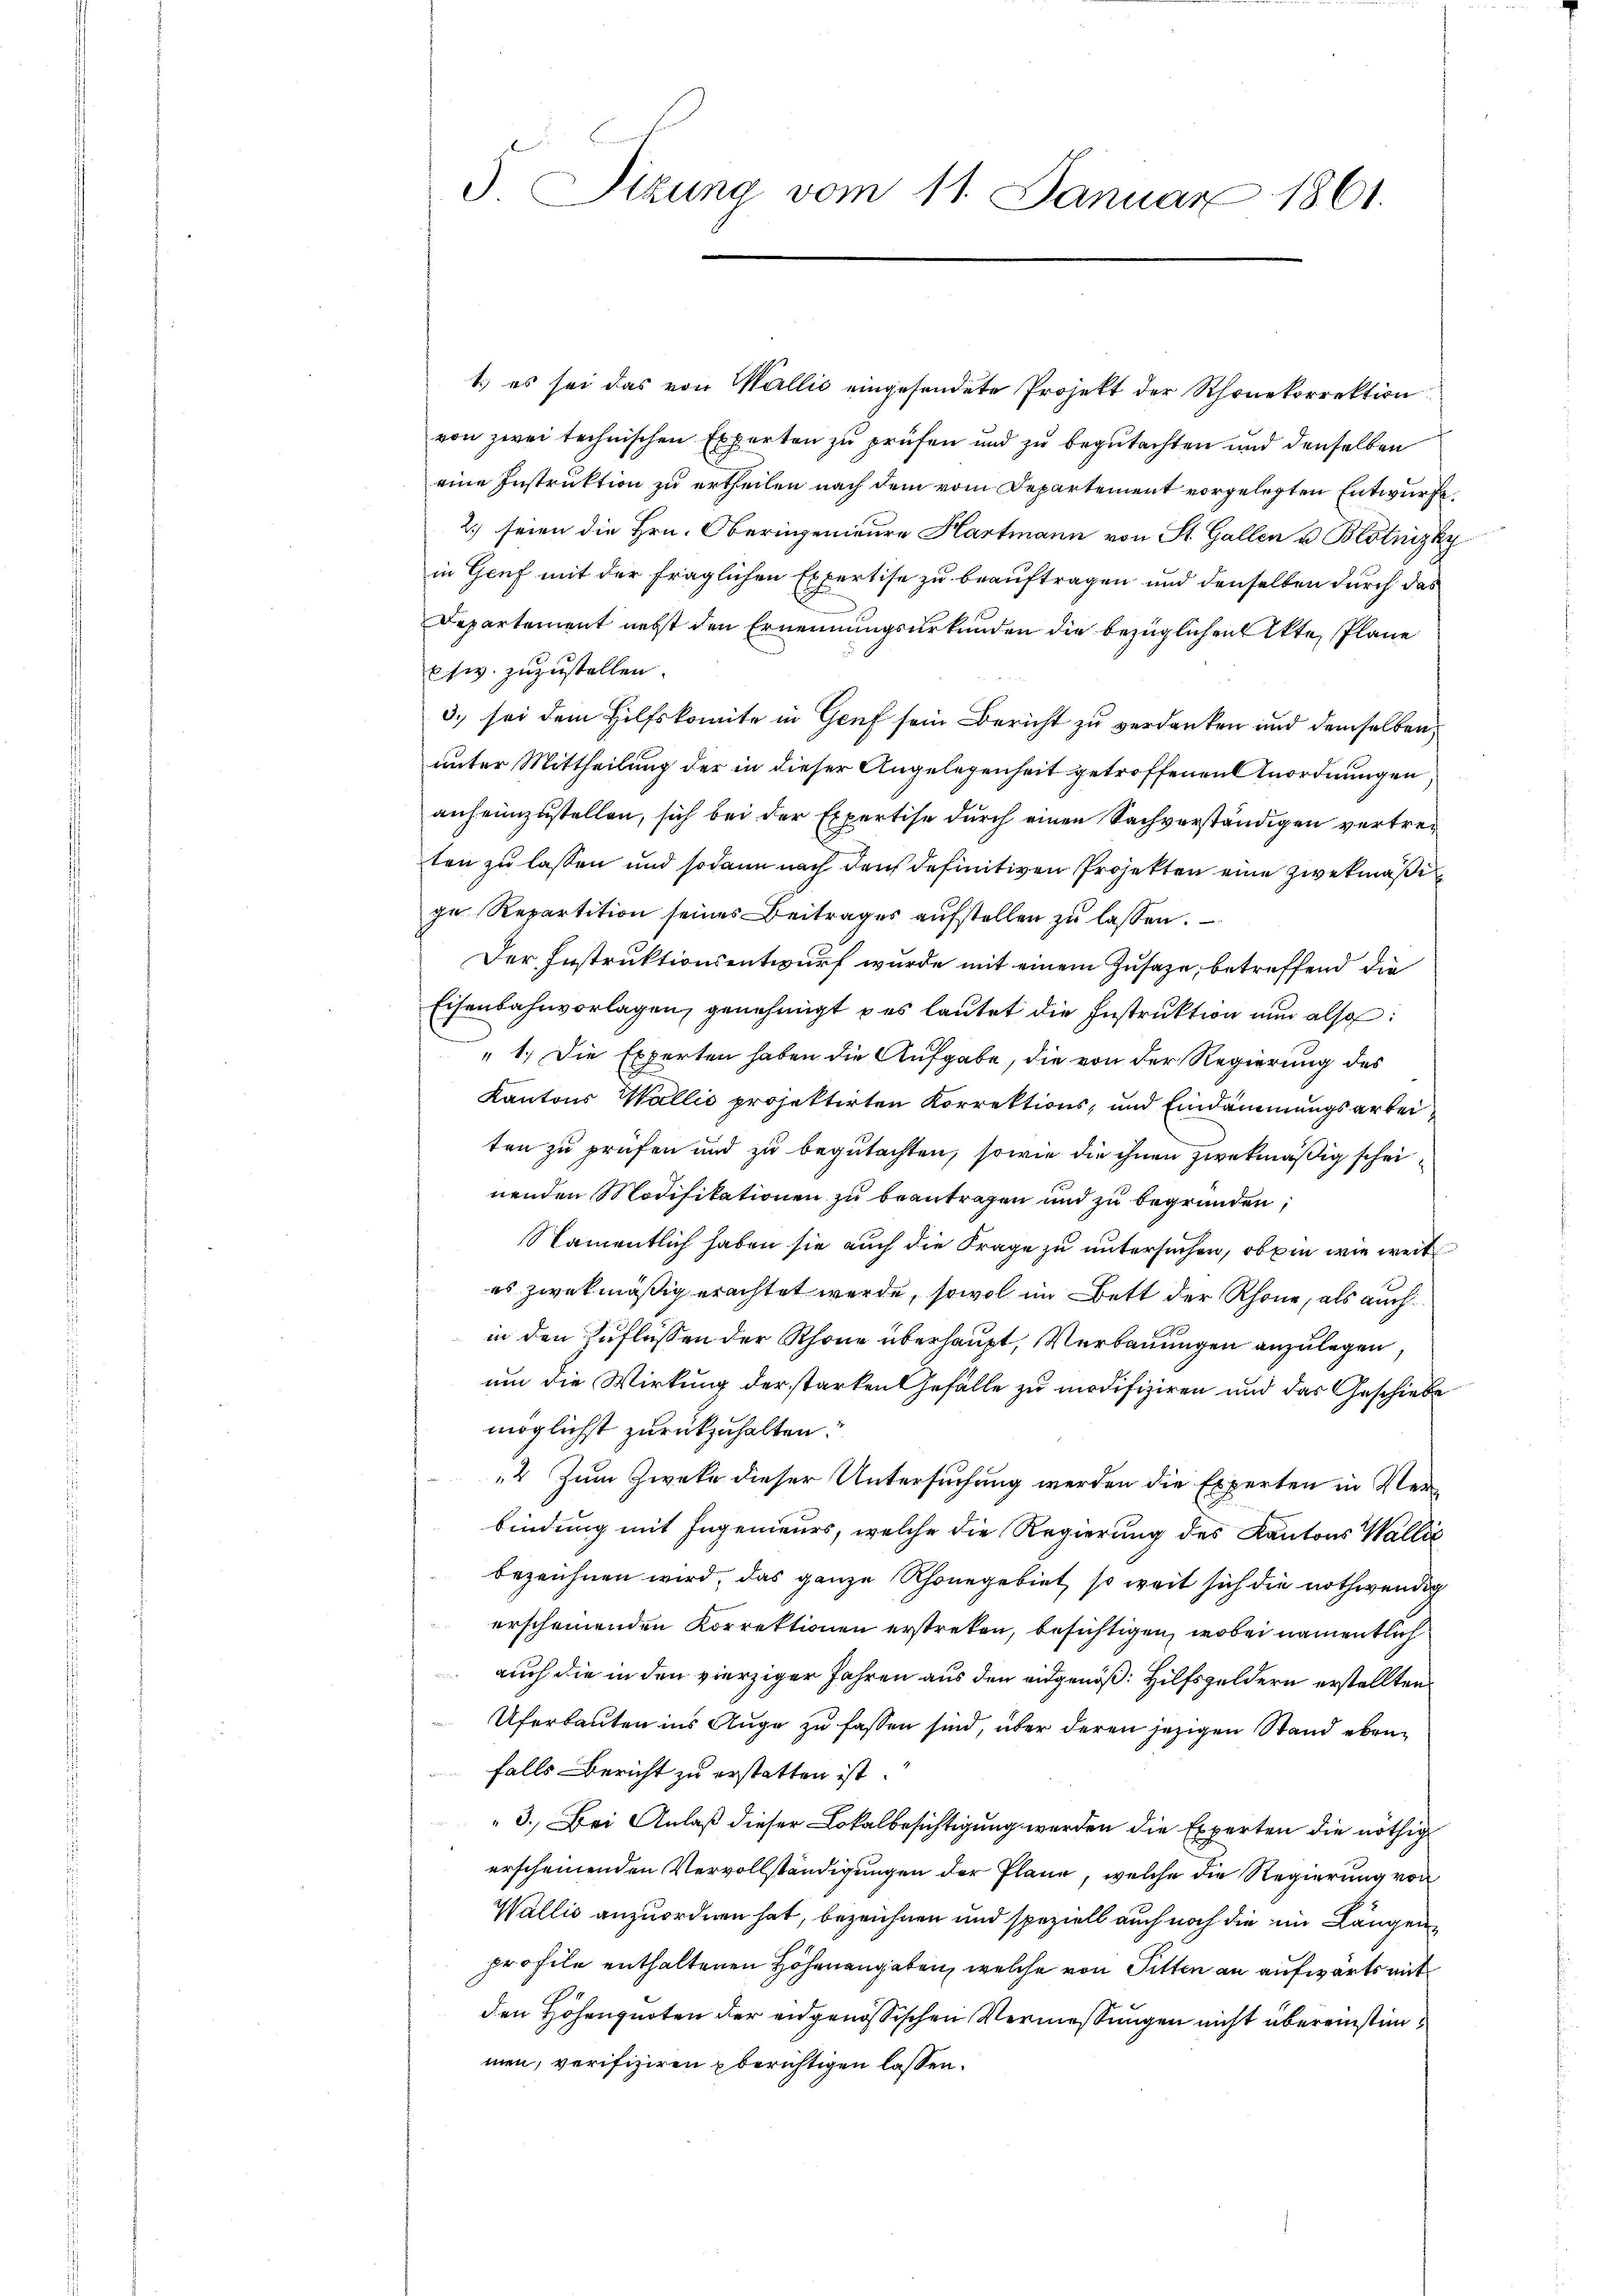
1.) es sei das von Wallić eingesendete Projekt der Rhonekorrektion
von zwei technischen Experten zu prüfen und zu begutachten und denselben
eine Instruktion zu ertheilen nach dem vom Departement vorgelegten Entwurfe.
2.) seien die Hrn. Oberingenieure Hartmann von St. Gallen u. Blotnizky
in Genf mit der fraglichen Expertise zu beauftragen und denselben durch das
Departement nebst den Ernennungsurkunden die bezüglichen Akte, Plane
etw. zuzustellen.
3.) sei dem Hilfskomite in Genf sein Bericht zu verdanken und demselben,
unter Mittheilung der in dieser Angelegenheit getroffenen Anordnungen,
anheimzustellen, sich bei der Expertise durch einen Sachverständigen vertreten zu lassen und sodann nach den definitiven Projekten eine zwekmäßige Repartition seines Beitrages aŭfstellen zŭ lassen.
Der Instruktionsentwurf wurde mit einem Zusage, betreffend die
Eisenbahnvorlagen, genehmigt & es lautet die Instruktion nun also:
" 1.) Die Experten haben die Aufgabe, die von der Regierung des
Kantons Wallis projektirten Korrektions, und Eindämmungsarbeiten zu prüfen und zu begutachten, sowie die ihnen zwekmäßig scheinenden Modifikationen zu beantragen und zu begründen,
Namentlich haben sie auch die Frage zu untersuchen, ob ein wie weit
es zwekmäßig erachtet werde, sowol im Bett der Rhone, als auch
in den Zuflüssen der Schöne überhaupt, Verbauungen anzulegen
um die Wirkung der starken Gefälle zu modifiziren und das Geschiebe
möglichst zurückzuhalten.
4 Zum Zweke dieser Untersuchung werden die Experten in Verbindung mit Ingenieurs, welche die Regierung des Kantons Wallić
bezeichnen wird, das ganze Rhonegebiet, so weit sich die nothwendig
erscheinenden Korrektionen erstreten, besichtigen, wobei namentlich
auch die in den vierziger Jahren aus den eidgenöß: Hilfsgeldern erstellten
Uferbauten ins Auge zu fassen sind, über deren jezigen Stand ebenfalls Bericht zu erstatten ist.
3. Bei Anlaß dieser Lokalbesichtigung werden die Experten die nöthig
erscheinenden Vervollständigungen der Plane, welche die Regierung von
Wallis anzuordnen hat, bezeichnen und speziell auch noch die ein Längen
profile enthaltenen Höhenangaben, welche von Sitten an aufwärts mit
den Höhenquoten der eidgenössischen Vermessungen nicht übereinstimmen, verifiziren berichtigen lassen.

5 Sizung vom 11. Januar 1861.